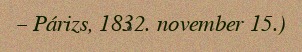
– Párizs, 1832. november 15.)